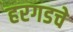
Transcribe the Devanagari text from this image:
हरगडचे